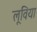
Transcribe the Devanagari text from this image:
लूविया